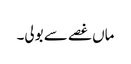
ماں غصے سے بولی۔